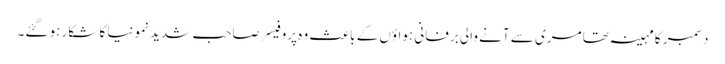
دسمبر کا مہینہ تھا مری سے آنے والی برفانی ہواؤں کے باعث وہ پروفیسر صاحب شدید نمونیا کا شکار ہو گئے۔